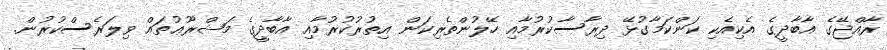
ރާއްޖޭގެ އާބާދީގެ އެކިއެކި ކަންކަމާގުޅޭ ދިރާސާކުރުމާއި ހޭލުންތެރިކަން އިތުރުކުރުމާއި އާބާދީގެ މަޝްރޫޢުތައް ވިލަރެސްކުރުން.